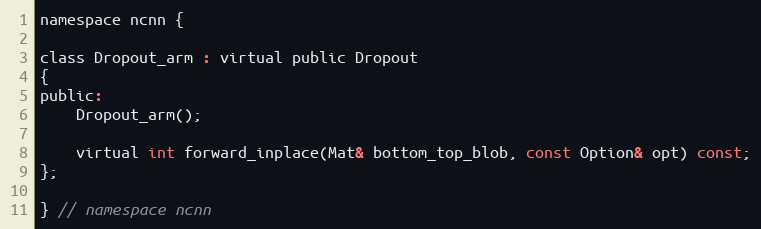
Language: C
namespace ncnn {

class Dropout_arm : virtual public Dropout
{
public:
    Dropout_arm();

    virtual int forward_inplace(Mat& bottom_top_blob, const Option& opt) const;
};

} // namespace ncnn